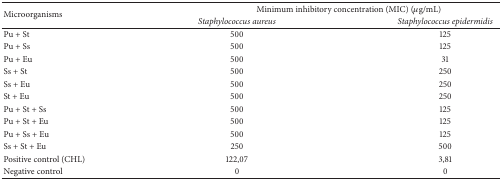
| <ROWSPAN=2> Microorganisms | <COLSPAN=2> Minimum inhibitory concentration (MIC) (μg/mL) |
 | Staphylococcus aureus | Staphylococcus epidermidis |
 | --- | --- | --- |
 | Pu + St | 500 | 125 |
 | Pu + Ss | 500 | 125 |
 | Pu + Eu | 500 | 31 |
 | Ss + St | 500 | 250 |
 | Ss + Eu | 500 | 250 |
 | St + Eu | 500 | 250 |
 | Pu + St + Ss | 500 | 125 |
 | Pu + St + Eu | 500 | 125 |
 | Pu + Ss + Eu | 500 | 125 |
 | Ss + St + Eu | 250 | 500 |
 | Positive control (CHL) | 122,07 | 3,81 |
 | Negative control | 0 | 0 |